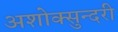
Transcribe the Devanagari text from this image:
अशोक्सुन्दरी